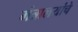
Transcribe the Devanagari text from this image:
मंत्रालयांचे